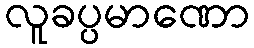
လူခပ္ပမာဏော